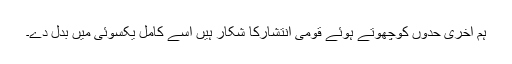
ہم آخری حدوں کوچھوتے ہوئے قومی انتشارکا شکار ہیں اسے کامل یکسوئی میں بدل دے۔